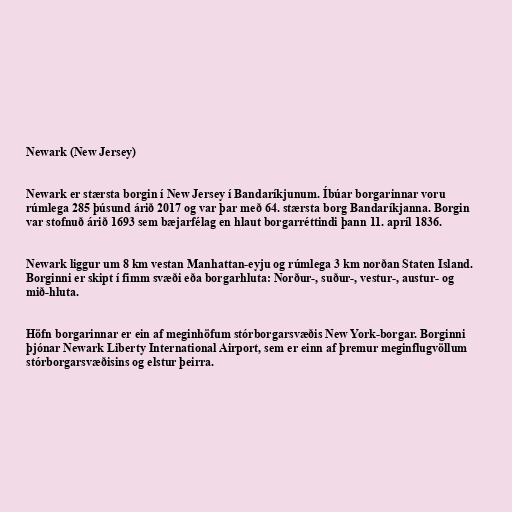
Newark (New Jersey)

Newark er stærsta borgin í New Jersey í Bandaríkjunum. Íbúar borgarinnar voru
rúmlega 285 þúsund árið 2017 og var þar með 64. stærsta borg Bandaríkjanna. Borgin
var stofnuð árið 1693 sem bæjarfélag en hlaut borgarréttindi þann 11. apríl 1836.

Newark liggur um 8 km vestan Manhattan-eyju og rúmlega 3 km norðan Staten Island.
Borginni er skipt í fimm svæði eða borgarhluta: Norður-, suður-, vestur-, austur- og
mið-hluta.

Höfn borgarinnar er ein af meginhöfum stórborgarsvæðis New York-borgar. Borginni
þjónar Newark Liberty International Airport, sem er einn af þremur meginflugvöllum
stórborgarsvæðisins og elstur þeirra.